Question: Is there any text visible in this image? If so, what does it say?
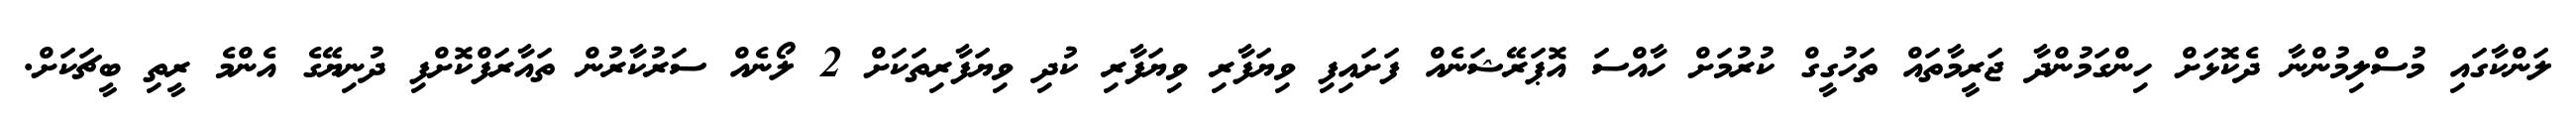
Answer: ލަންކާގައި މުސްލިމުންނާ ދެކޮޅަށް ހިންގަމުންދާ ޖަރީމާތައް ތަހުގީގް ކުރުމަށް ހާއްސަ އޮޕަރޭޝަނެއް ފަށައިފި ވިޔަފާރި ވިޔަފާރި ކުދި ވިޔަފާރިތަކަށް 2 ލޯނެއް ސަރުކާރުން ތައާރަފްކޮށްފި ދުނިޔޭގެ އެންމެ ރީތި ބީޗަކަށް.